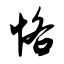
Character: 恪